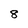
Character: 8